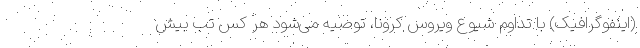
(اینفوگرافیک) با تداوم شیوع ویروس کرونا، توصیه می‌شود هر کس تب بیش